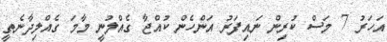
އަހަރު 7 މަސް ކުރިން ނައިފަރު އަންހެން ކުއްޖާ ގެއްލުނީ މާމަ ގެއްލިދާނެތީ